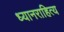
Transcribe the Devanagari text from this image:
ध्यानराहित्य